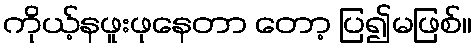
ကိုယ့်နဖူးဖုနေတာ တော့ ပြ၍မဖြစ်။